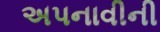
અપનાવીની